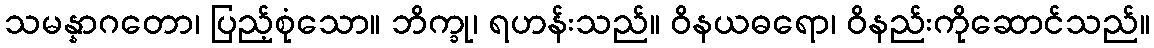
သမန္နာဂတော၊ ပြည့်စုံသော။ ဘိက္ခု၊ ရဟန်းသည်။ ဝိနယဓရော၊ ဝိနည်းကိုဆောင်သည်။